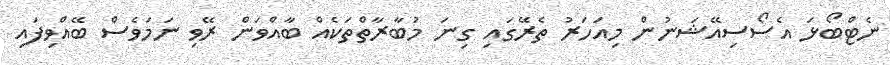
ނެޓްބޯޅަ އެސޯސިއޭޝަނުން މިއަހަރު ތެރޭގައި ގިނަ މުބާރާތްތަކެއް ބާއްވަން ރޭވި ނަމަވެސް ބޭއްވިފައި